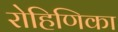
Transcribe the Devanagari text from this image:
रोहिणिका